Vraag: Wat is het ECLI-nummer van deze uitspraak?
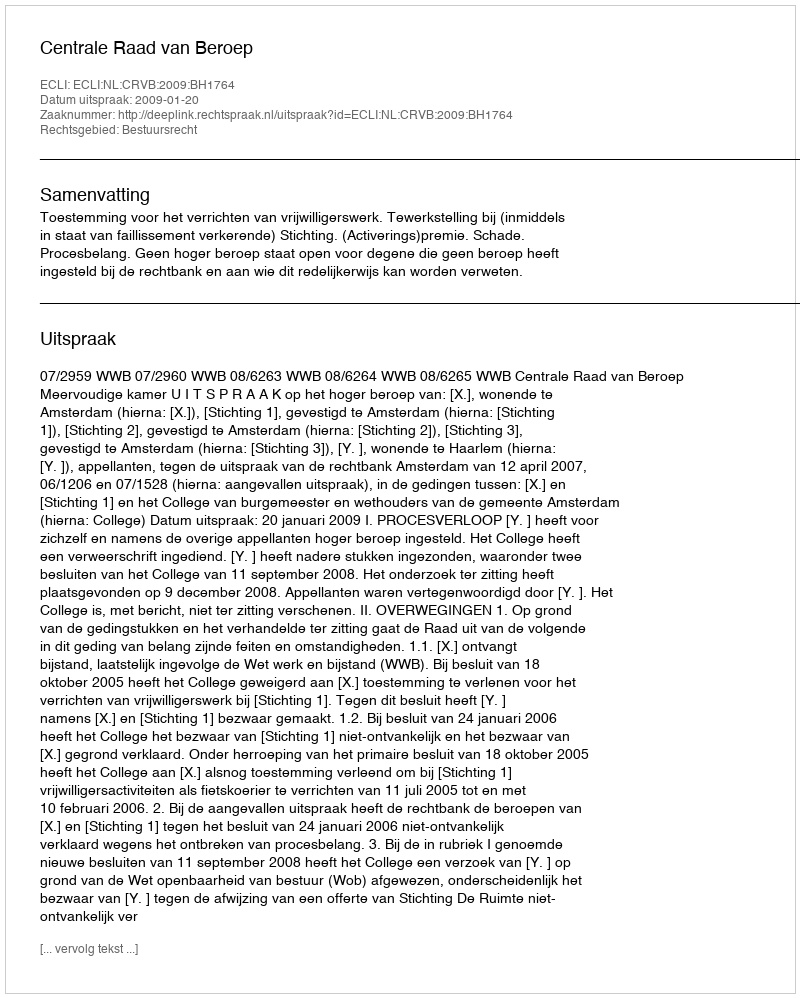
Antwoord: ECLI:NL:CRVB:2009:BH1764